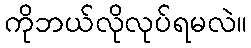
ကိုဘယ်လိုလုပ်ရမလဲ။